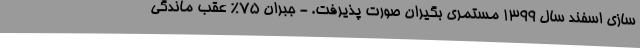
سازی اسفند سال ۱۳۹۹ مستمری بگیران صورت پذیرفت. - جبران ۷۵% عقب ماندگی